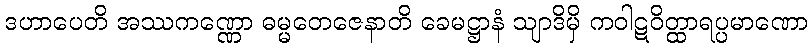
ဒဟာပေတိ အဿကဏ္ဏော ဓမ္မတေဇေနာတိ ခေမဋ္ဌာနံ သျာဒိမှိ ကဝါဋဝိတ္ထာရပ္ပမာဏော